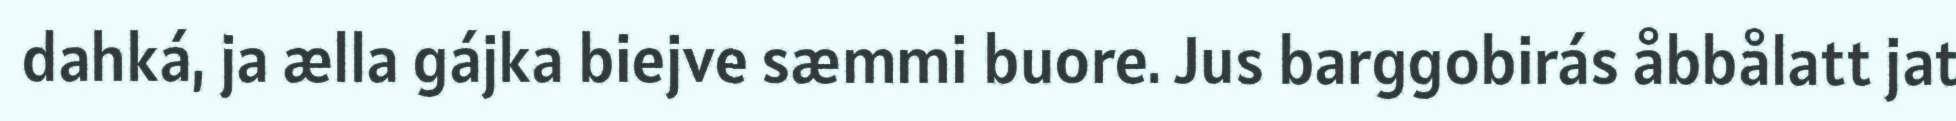
dahká, ja ælla gájka biejve sæmmi buore. Jus barggobirás åbbålatt jat